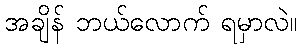
အချိန် ဘယ်လောက် ရမှာလဲ။